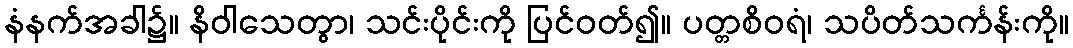
နံနက်အခါ၌။ နိဝါသေတွာ၊ သင်းပိုင်းကို ပြင်ဝတ်၍။ ပတ္တစိဝရံ၊ သပိတ်သင်္ကန်းကို။